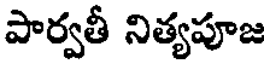
పార్వతీ నిత్యపూజ